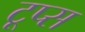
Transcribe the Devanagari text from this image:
टूप्स